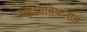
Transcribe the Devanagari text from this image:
व्हिआंतियानात